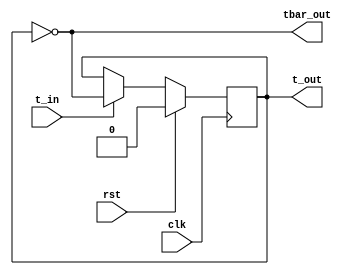
`timescale 1ns / 1ps
//////////////////////////////////////////////////////////////////////////////////
// Company: 
// Engineer: 
// 
// Design Name: 
// Module Name: t_flip_flop
// Project Name: 
// Target Devices: 
// Tool Versions: 
// Description: 
// 
// Dependencies: 
// 
// Revision:
// Revision 0.01 - File Created
// Additional Comments:
// 
//////////////////////////////////////////////////////////////////////////////////


module t_flip_flop(
    input clk, rst,
    input t_in,
    output reg t_out,
    output tbar_out
    );
    
    always@(posedge clk)    // positive edge and synchronous reset
    begin
        if(rst)
            t_out <= 0;
        else
            case(t_in)
                1'b0: t_out <= t_out;
                default: t_out <= ~t_out;
            endcase
    end
    
    assign tbar_out = ~t_out;
endmodule